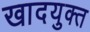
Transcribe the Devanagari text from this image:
खादयुक्त